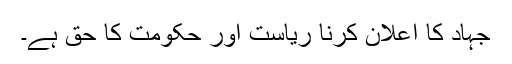
جہاد کا اعلان کرنا ریاست اور حکومت کا حق ہے۔